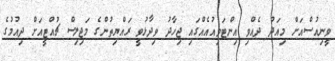
ވީނިއުސްއަށް މިއަދު ދެއްވި އިންޓަވިއުއެއްގައި ޖިހާދު ވިދާޅުވީ ރައްޔިތުންގެ މަޖިލިސް ޗުއްޓީއަށް ދިއުމުގެ